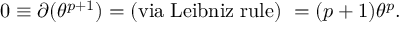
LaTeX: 0 \equiv \partial ( \theta ^ { p + 1 } ) = \mathrm { ( v i a \; L e i b n i z \; r u l e ) \ } = ( p + 1 ) \theta ^ { p } .